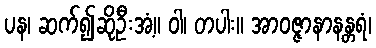
ပန၊ ဆက်၍ဆိုဦးအံ့။ ဝါ၊ တပါး။ အာဝဇ္ဇာနာနန္တရံ၊